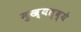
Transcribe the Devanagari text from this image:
मुख्यत्व्ये